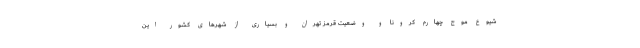
شیوع موج چهارم کرونا و وضعیت قرمز تهران و بسیاری از شهرهای کشور این